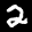
Label: 2